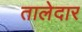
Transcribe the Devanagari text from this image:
तालेदार